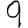
Digit: 9